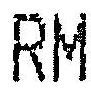
RM